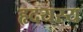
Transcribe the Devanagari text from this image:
हृदयस्य